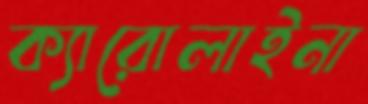
ক্যারোলাইনা